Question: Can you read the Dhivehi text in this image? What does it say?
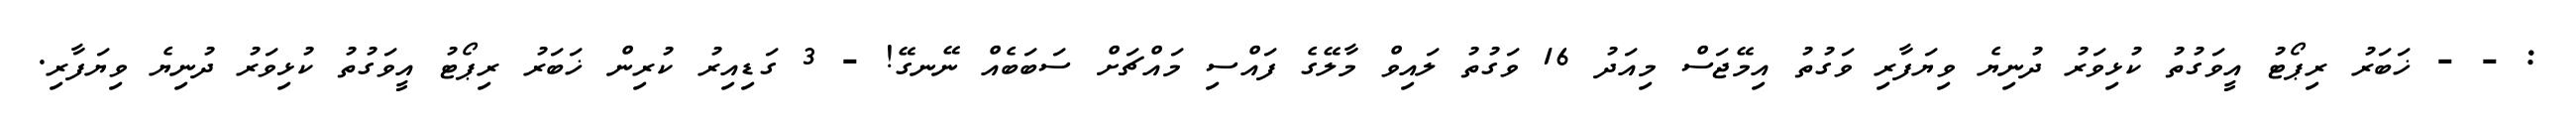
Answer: : - - ޚަބަރު ރިޕޯޓު އީވަގުތު ކުޅިވަރު ދުނިޔެ ވިޔަފާރި ވަގުތު އިމޭޖަސް މިއަދު 16 ވަގުތު ލައިވް މާލޭގެ ފައްސި މައްޗަށް ސަބަބެއް ނޭނގޭ! - 3 ގަޑިއިރު ކުރިން ޚަބަރު ރިޕޯޓު އީވަގުތު ކުޅިވަރު ދުނިޔެ ވިޔަފާރި.